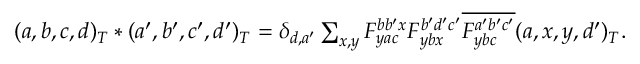
\begin{array} { r } { ( a , b , c , d ) _ { T } \ast ( a ^ { \prime } , b ^ { \prime } , c ^ { \prime } , d ^ { \prime } ) _ { T } = \delta _ { d , a ^ { \prime } } \sum _ { x , y } F _ { y a c } ^ { b b ^ { \prime } x } F _ { y b x } ^ { b ^ { \prime } d ^ { \prime } c ^ { \prime } } \overline { { F _ { y b c } ^ { a ^ { \prime } b ^ { \prime } c ^ { \prime } } } } ( a , x , y , d ^ { \prime } ) _ { T } . } \end{array}